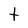
Character: t